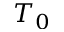
T _ { 0 }